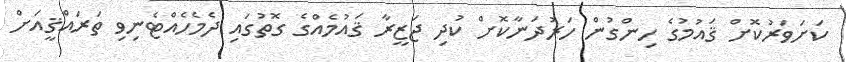
ކަށަވަރުކޮށް ޤައުމުގެ ހިންގުން ހަރުދަނާކޮށް ކުދި ޖަޒީރާ ޤައުމެއްގެ ގޮތުގައި ދެމެހެއްޓެނިވި ތަރައްޤީއަށް